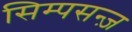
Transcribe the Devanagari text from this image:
सिम्पसन्ज़